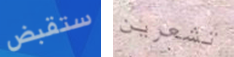
ستقبض تشعرين